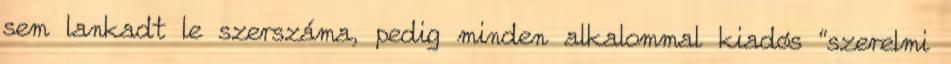
sem lankadt le szerszáma, pedig minden alkalommal kiadós “szerelmi